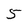
Character: 5